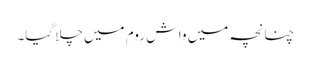
چنانچہ میں واش روم میں چلا گیا۔